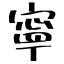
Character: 寧